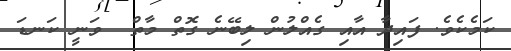
ކަމެކެވެ. ފައިދާ އާއި ގެއްލުން ލިބޭނެ ގޮތް މާތް  ވަނީ ކަނޑަ